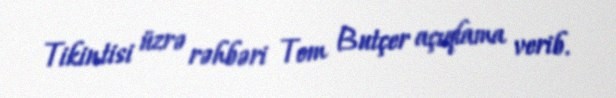
Tikintisi üzrə rəhbəri Tom Butçer açıqlama verib.